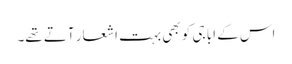
اس کے ابا جی کو بھی بہت اشعار آتے تھے۔